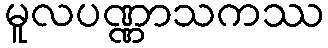
မူလပဏ္ဏာသကဿ